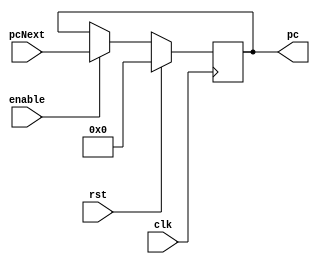
`timescale 1ns / 1ps
//////////////////////////////////////////////////////////////////////////////////
// Company: 
// Engineer: 
// 
// Design Name: 
// Module Name: programCounter
// Project Name: 
// Target Devices: 
// Tool Versions: 
// Description: 
// 
// Dependencies: 
// 
// Revision:
// Revision 0.01 - File Created
// Additional Comments:
// 
//////////////////////////////////////////////////////////////////////////////////


module programCounter(
    input [8:0] pcNext,
    input enable,
    input clk,
    input rst,
    output reg [8:0] pc
    );
    
    always @(posedge clk) begin
        if (rst) begin
            pc <= 8'b0;
        end
        else if (enable) begin
            pc <= pcNext;
        end
    end
    
endmodule